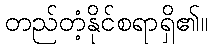
တည်တံ့နိုင်စရာရှိ၏။